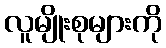
လူမျိုးစုများကို